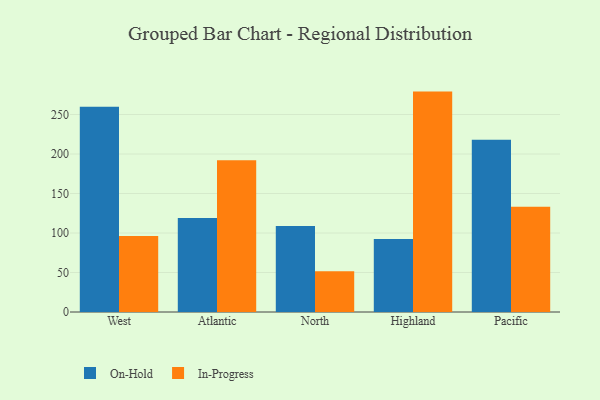
{"axis": {"x": "Region", "y": "Bounce Rate (%)"}, "legend": ["In-Progress", "On-Hold"], "data": [{"x": "West", "y": 259.9, "type": "On-Hold"}, {"x": "West", "y": 96.1, "type": "In-Progress"}, {"x": "Atlantic", "y": 119.1, "type": "On-Hold"}, {"x": "Atlantic", "y": 192.2, "type": "In-Progress"}, {"x": "North", "y": 108.9, "type": "On-Hold"}, {"x": "North", "y": 51.5, "type": "In-Progress"}, {"x": "Highland", "y": 92.5, "type": "On-Hold"}, {"x": "Highland", "y": 279.0, "type": "In-Progress"}, {"x": "Pacific", "y": 218.1, "type": "On-Hold"}, {"x": "Pacific", "y": 133.1, "type": "In-Progress"}]}